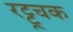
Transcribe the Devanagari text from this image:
रट्टूचक